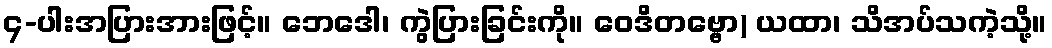
၄-ပါးအပြားအားဖြင့်။ ဘေဒေါ၊ ကွဲပြားခြင်းကို။ ဝေဒိတဗ္ဗော) ယထာ၊ သိအပ်သကဲ့သို့။